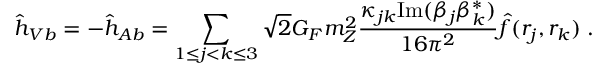
{ \hat { h } } _ { V b } = - { \hat { h } } _ { A b } = \sum _ { 1 \le j < k \le 3 } \sqrt { 2 } G _ { F } m _ { Z } ^ { 2 } \frac { \kappa _ { j k } \mathrm { I m } ( \beta _ { j } \beta _ { k } ^ { * } ) } { 1 6 \pi ^ { 2 } } { \hat { f } } ( r _ { j } , r _ { k } ) \; .